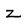
Character: z